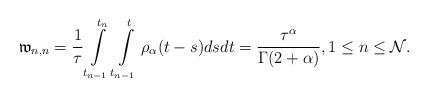
LaTeX: \begin{align*} \mathfrak{w}_{n,n}=\frac{1}{\tau}\int\limits^{t_{n}}_{t_{n-1}}\int\limits_{t_{n-1}}^{t} \rho_{\alpha}(t-s)dsdt=\frac{\tau^{\alpha}}{\Gamma(2+\alpha)},1\leq n\leq \mathcal{N}. \end{align*}